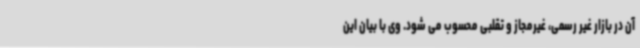
آن در بازار غیر رسمی، غیرمجاز و تقلبی محسوب می شود. وی با بیان این